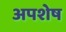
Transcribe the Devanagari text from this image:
अपशेष